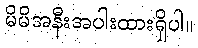
မိမိအနီးအပါးထားရှိပါ။